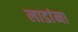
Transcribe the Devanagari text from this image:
लाडांना